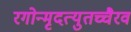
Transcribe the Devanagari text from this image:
रगोन्मृदत्युतच्चैरव